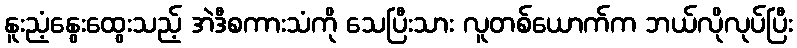
နူးညံ့နွေးထွေးသည့် အဲဒီစကားသံကို သေပြီးသား လူတစ်ယောက်က ဘယ်လိုလုပ်ပြီး